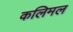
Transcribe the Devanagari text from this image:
कलिमल